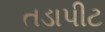
તડાપીટ